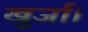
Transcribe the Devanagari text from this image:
खुर्जा।